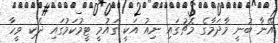
އޭނާ ބުނީ މާދަމާގެ މެޗުގައި ނިއު އަކީ ގައުމީ ޓީމުކަމުގައި ދެކި ވީހާ